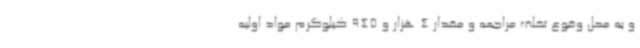
و به محل وقوع تخلف مراجعه و مقدار 4 هزار و 945 کیلوگرم مواد اولیه